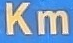
Km